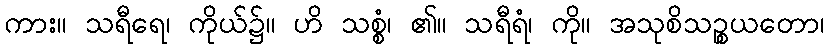
ကား။ သရီရေ၊ ကိုယ်၌။ ဟိ သစ္စံ၊ ၏။ သရီရံ၊ ကို။ အသုစိသဉ္စယတော၊